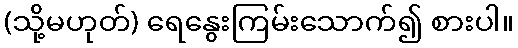
(သို့မဟုတ်) ရေနွေးကြမ်းသောက်၍ စားပါ။